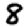
Digit: 8